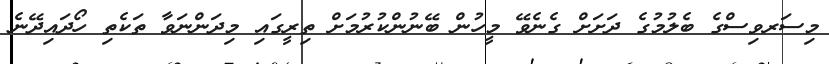
މިސަރވިސްގެ ބެލުމުގެ ދަށަށް ގެނެވޭ މީހުން ބޭނުންކުރުމަށް ތިރީގައި މިދަންނަވާ ތަކެތި ހޯދައިދޭނެ